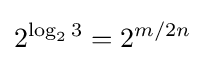
2^{\log _{2}3}=2^{m/2n}